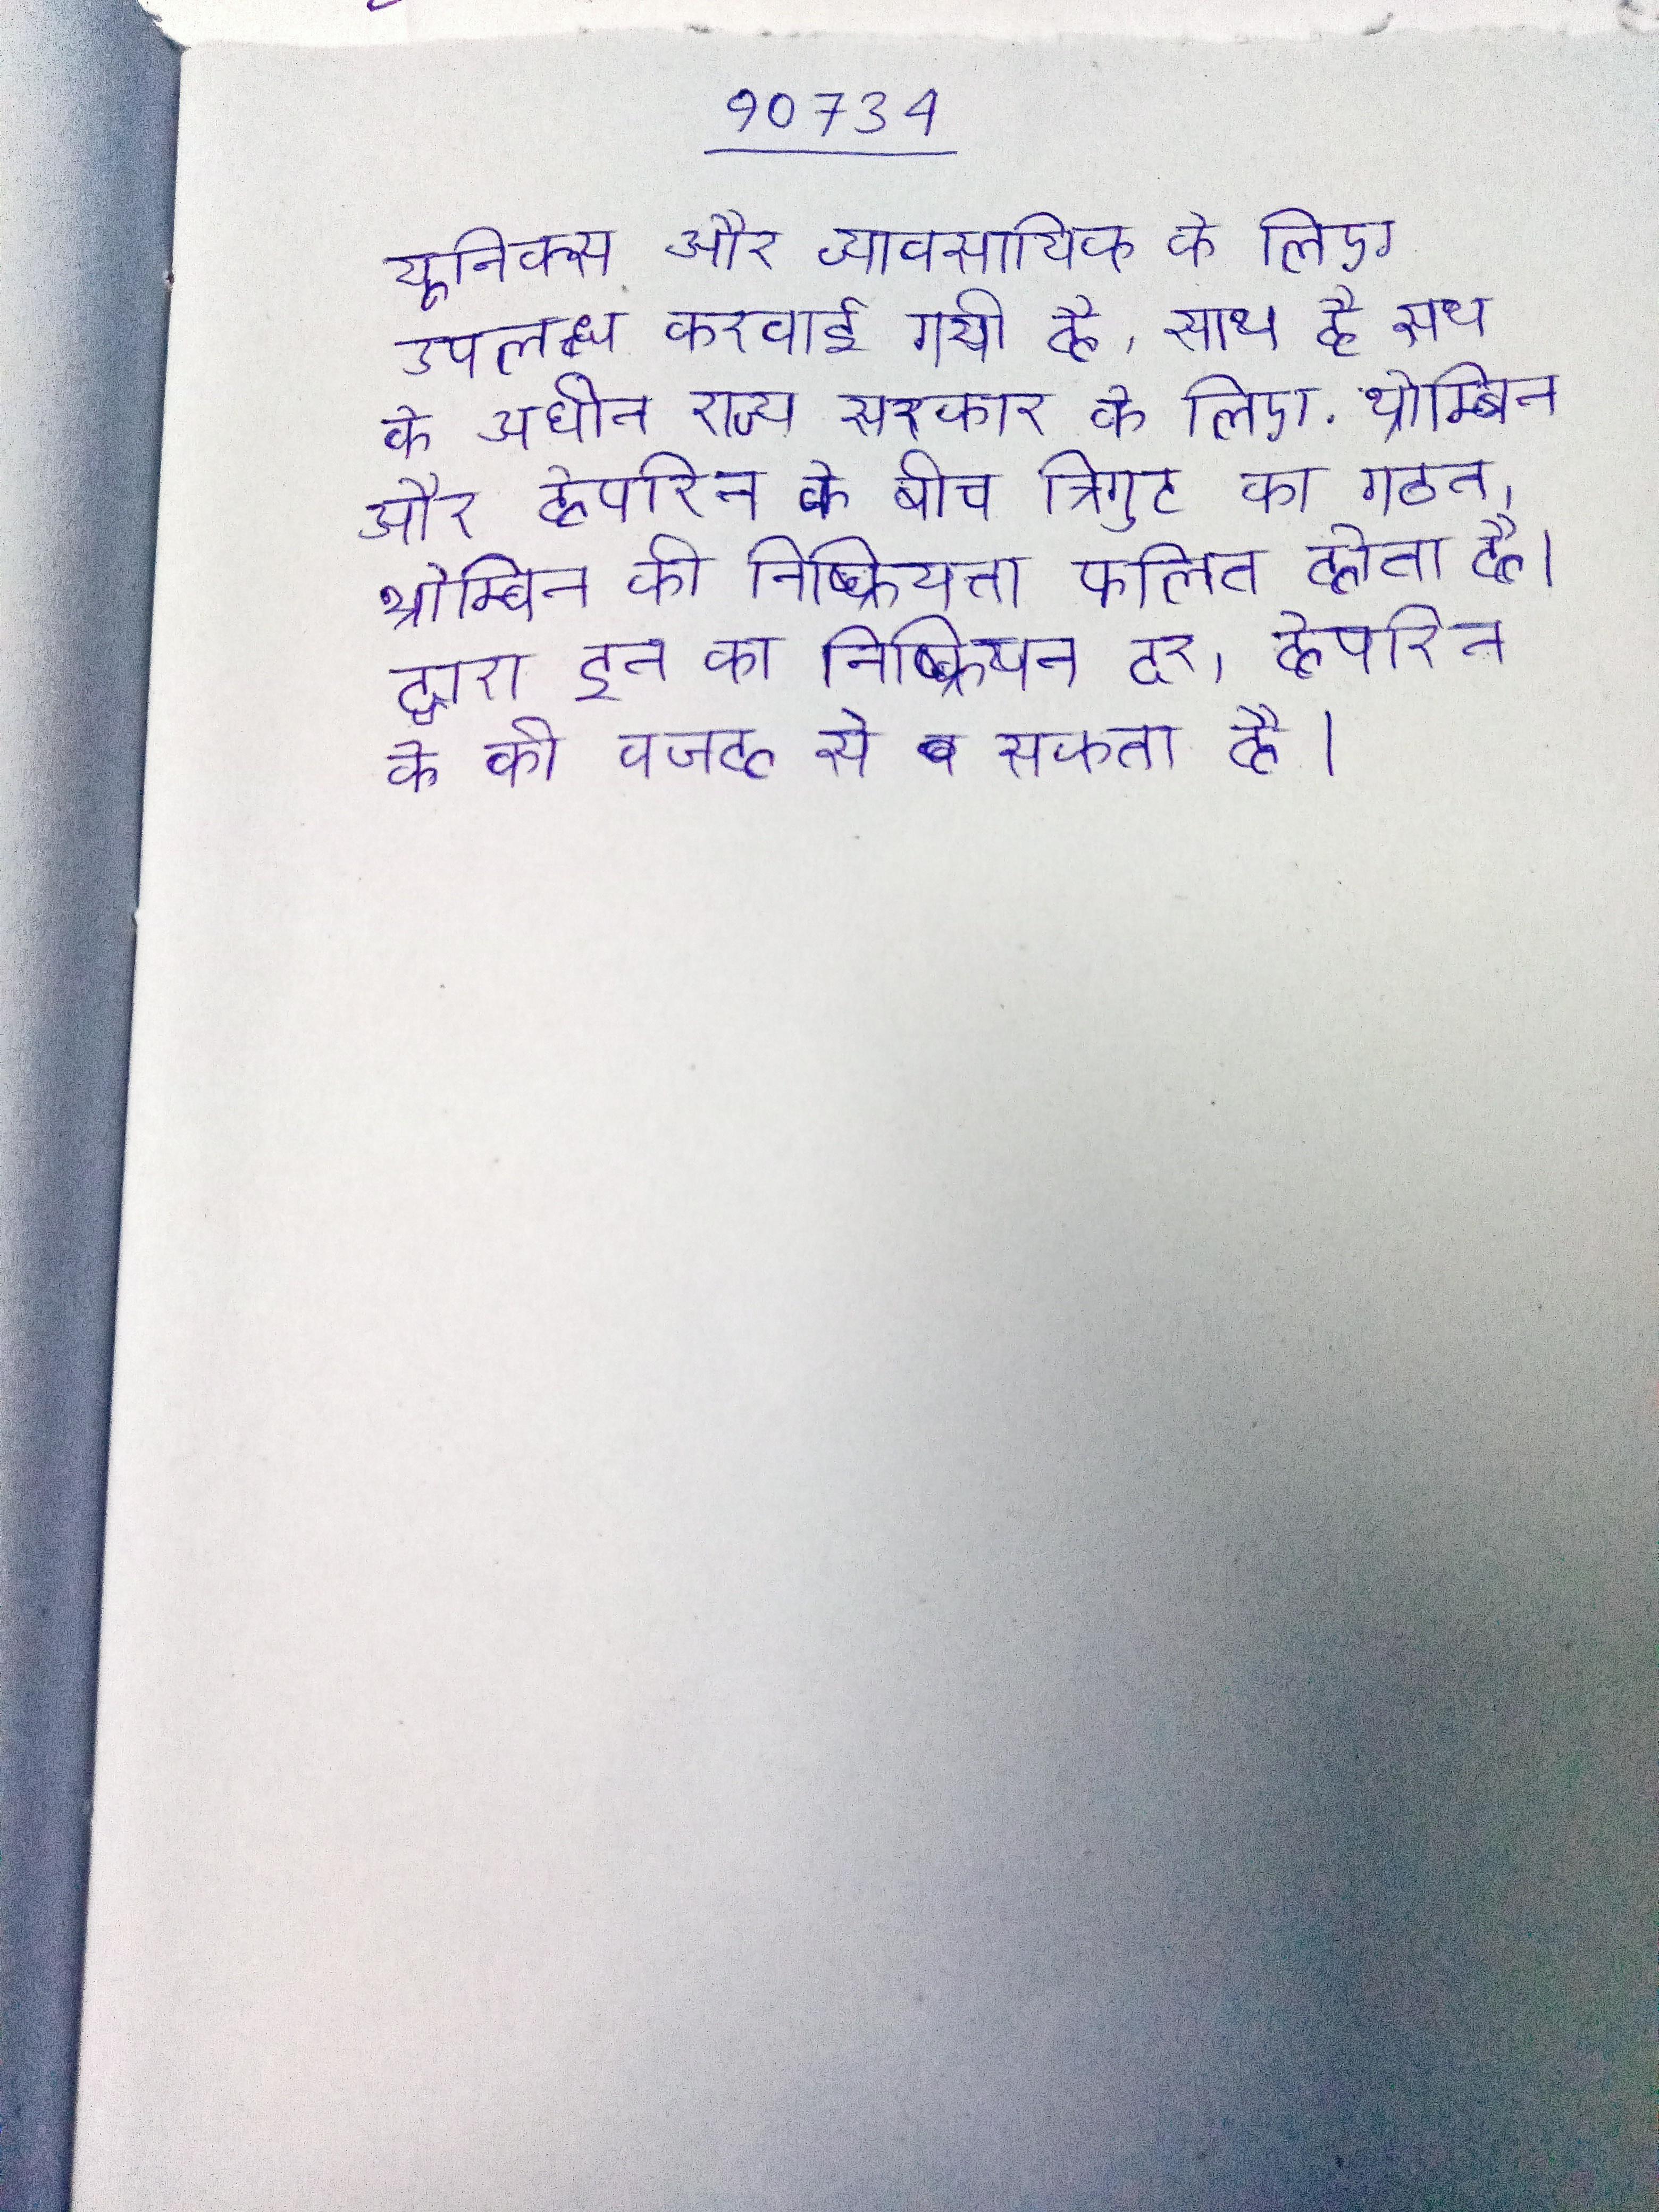
यूनिक्स और व्यावसायिक के लिए उपलब्ध करवाई गयी है, साथ ही साथ के अधीन राज्य सरकार के लिए . थ्रोम्बिन और हेपरिन के बीच त्रिगुट का गठन, थ्रोम्बिन की निष्क्रियता फलित होता है । द्वारा इन का निष्क्रियन दर, हेपरिन के की वजह से सकता है ।